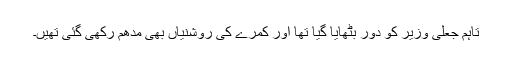
تاہم جعلی وزیر کو دور بٹھایا گیا تھا اور کمرے کی روشنیاں بھی مدھم رکھی گئی تھیں۔